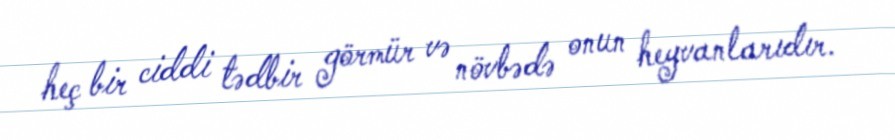
heç bir ciddi tədbir görmür və növbədə onun heyvanlarıdır.